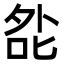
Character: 夞